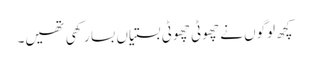
کچھ لوگوں نے چھوٹی چھوٹی بستیاں بسا رکھی تھیں۔